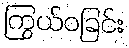
ကြွယ်ဝခြင်း